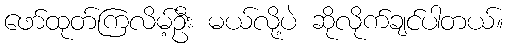
ဖော်ထုတ်ကြလိမ့်ဦး မယ်လို့ပဲ ဆိုလိုက်ချင်ပါတယ်။